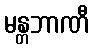
မန္တဘာဏီ